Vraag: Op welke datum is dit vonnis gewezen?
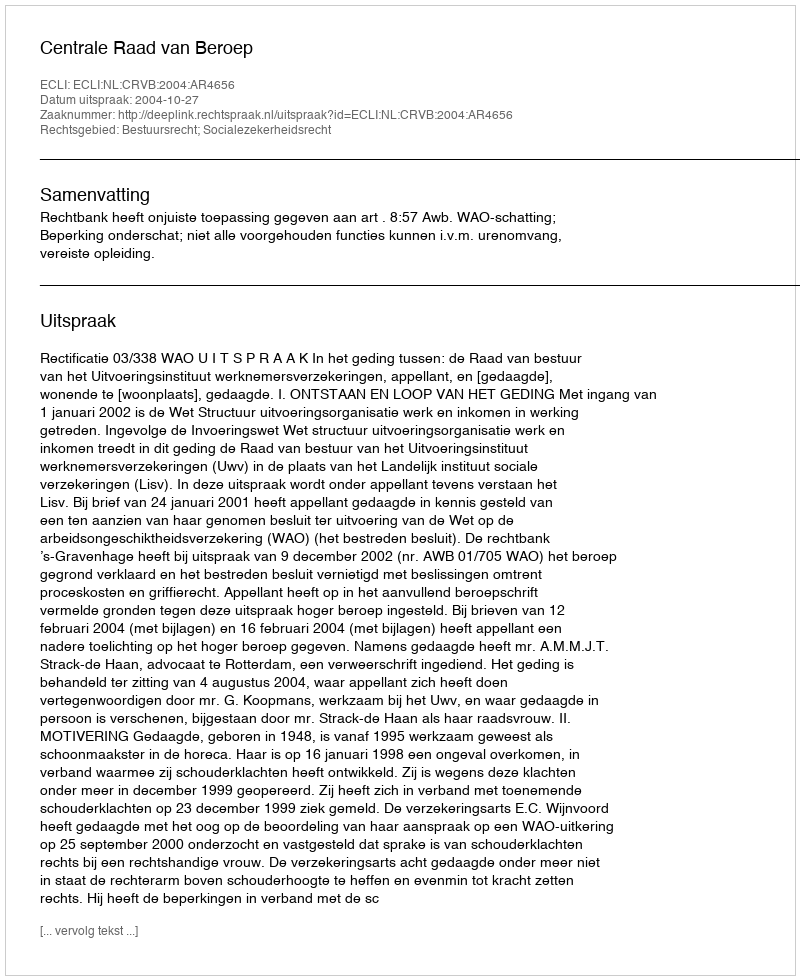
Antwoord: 2004-10-27